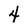
Character: 4